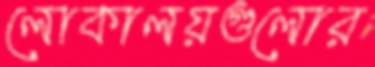
লোকালয়গুলোর